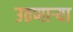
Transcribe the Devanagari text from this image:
उठणार्‍या